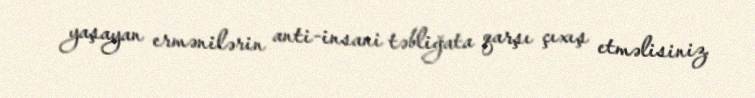
yaşayan ermənilərin anti-insani təbliğata qarşı çıxış etməlisiniz.